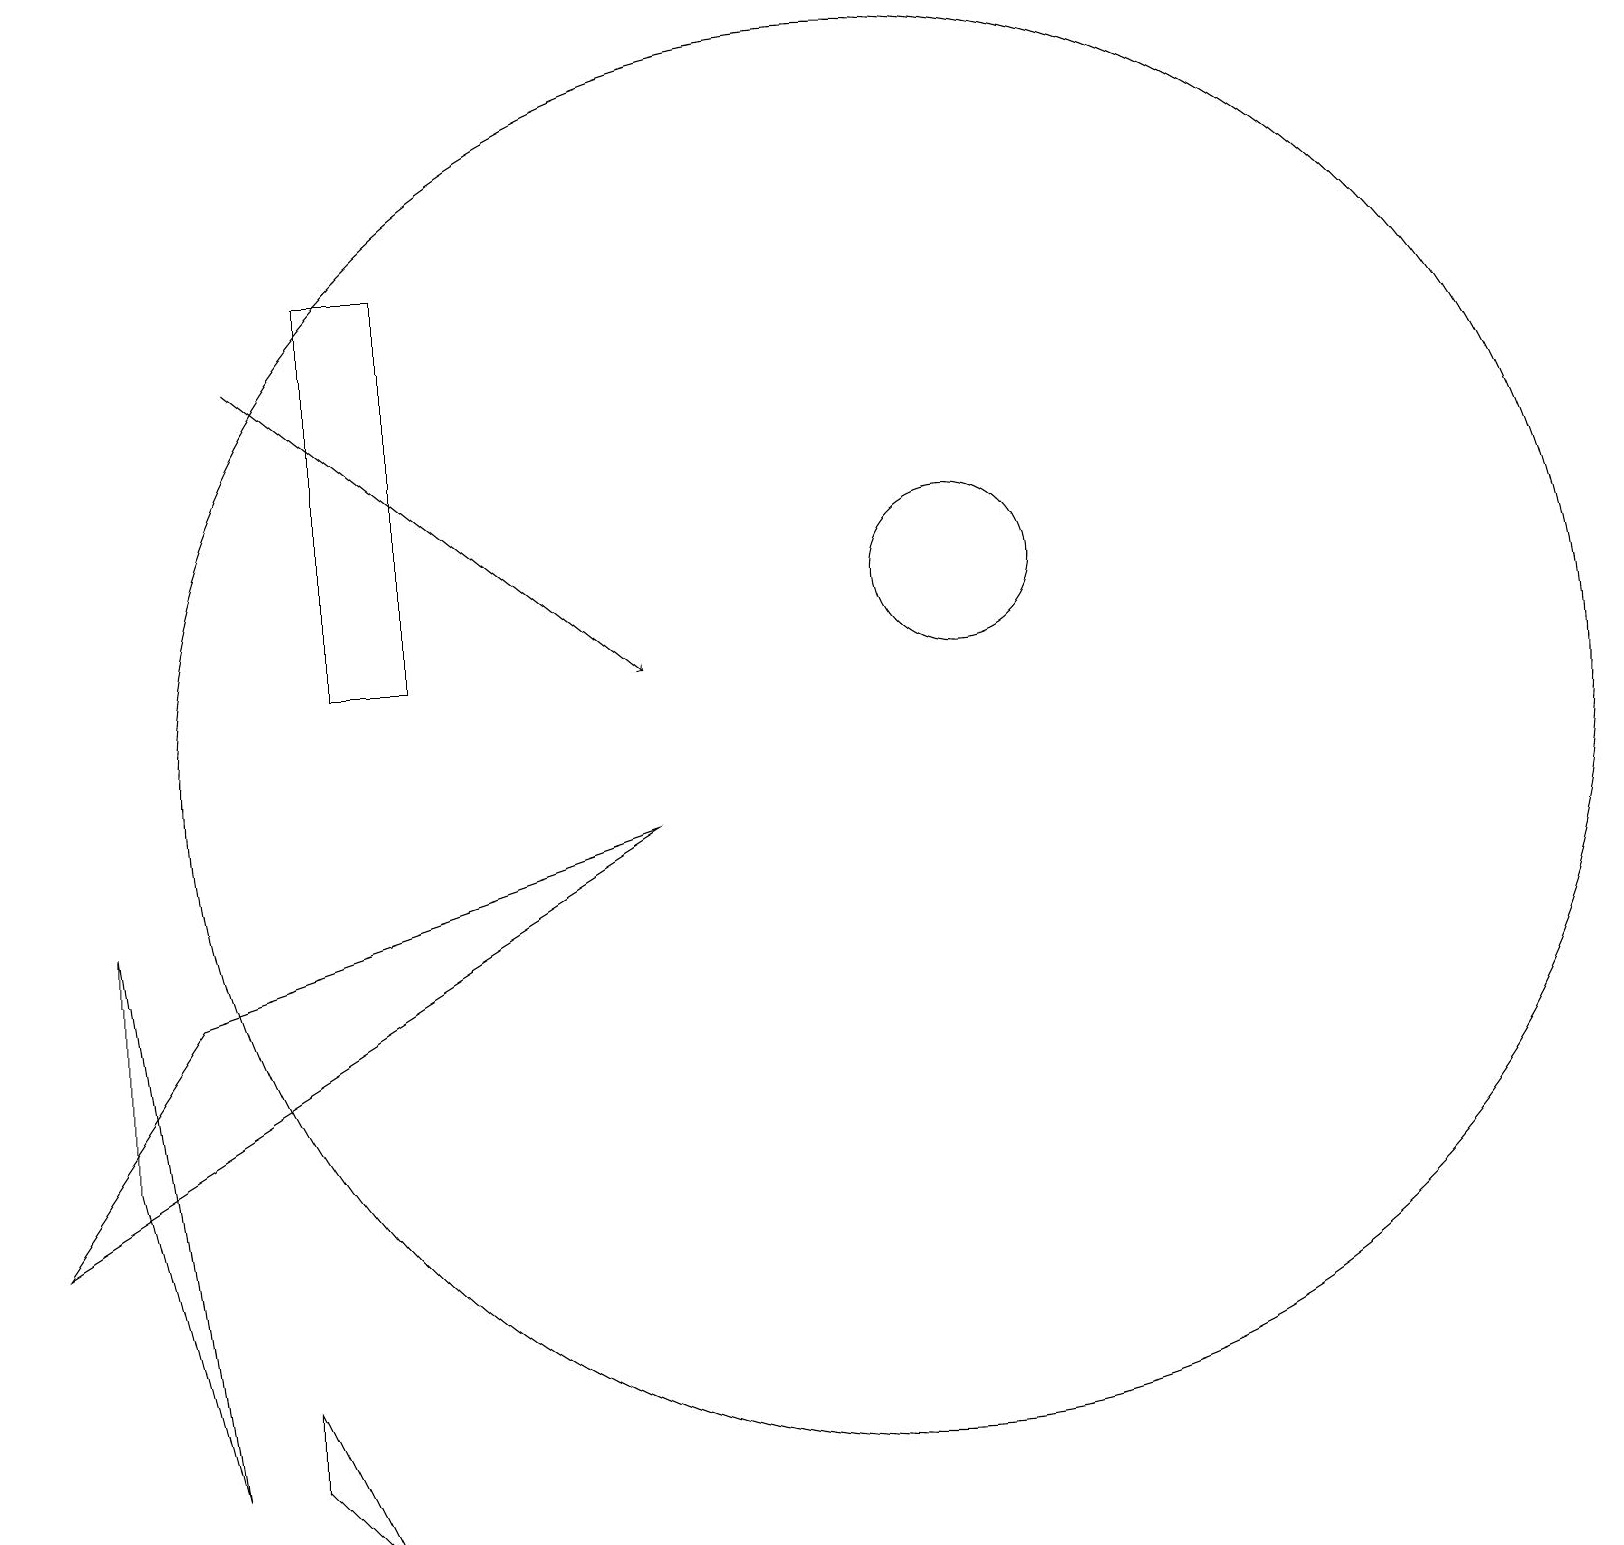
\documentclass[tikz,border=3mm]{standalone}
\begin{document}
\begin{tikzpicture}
\draw (8,9) -- (0,4) -- (2,7) -- cycle;
\draw (3,1) -- (4,0) -- (3,2) -- cycle;
\draw (12,12) circle (1);
\draw[->] (3,15) -- (8,11);
\draw (5,16) rectangle (4,11);
\draw (1,8) -- (2,1) -- (1,5) -- cycle;
\draw (11,10) circle (9);
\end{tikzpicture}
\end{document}